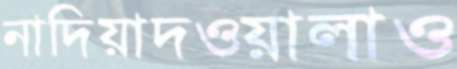
নাদিয়াদওয়ালাও